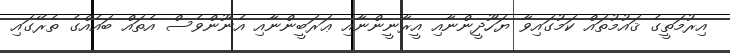
އިރުމަތީގެ ޤައުމުތައް ކަމުގައިވާ ޔަހޫދީންނާއި އީރާނީންނާއި ޢަރަބީންނާއި އެނޫންވެސް އެތައް ބައެއްގެ ތެރޭގައި